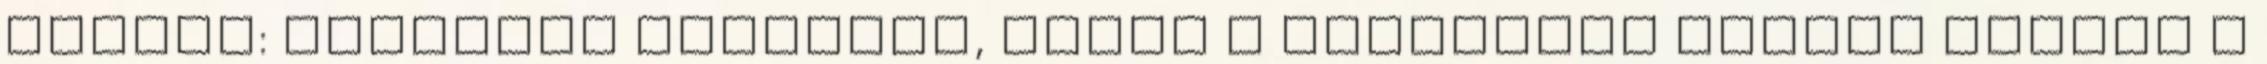
folder: kimeneti könyvtár, ahová a galériánk készül Ezután a